King Institute of Preventive Medicine Bacteriolog. Section reports 1907-08
Year: 1907
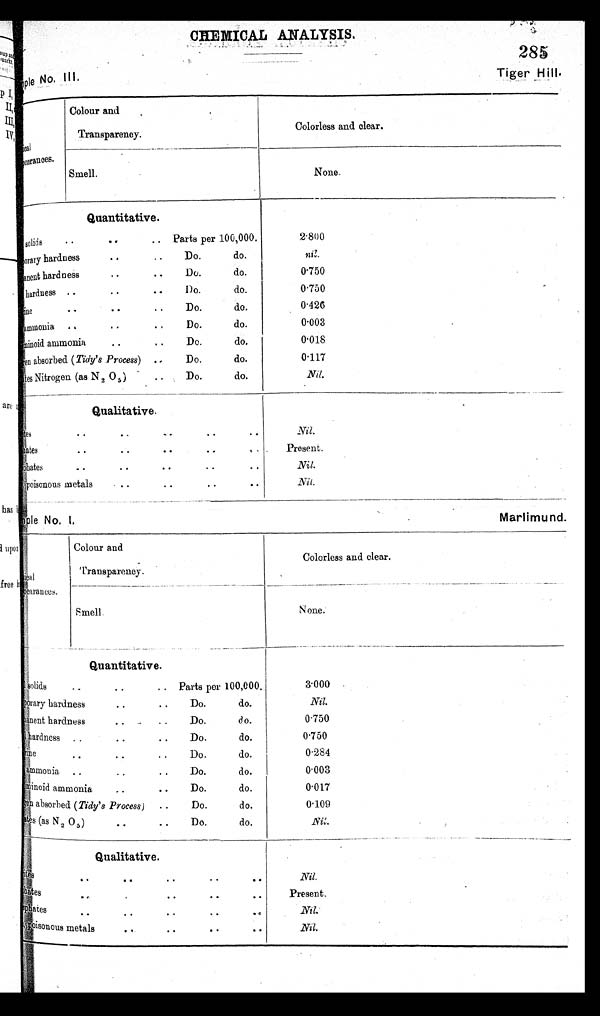
No. III.
Tiger sample
No. I.
Marlimu nd.
CHEMICAL ANALYSI
appearances.
Colour and
Transparency.
Colorless and clear.
None.
__
Smell.
Quantitative.
• •
solids
• •
.. Parts per 100,000.
.
pray hardness
. .
do.
anent hardness
..
• •
Do.
do.
Total hardness ..
• •
• •
d o.
do.
• •
chlorine
..
..
Do. do.
ammonia „
..
..
Do.
do.
absorbed ( Tidy's Process ) ..
Do.
do.
Nitrates Nitrogen (as N2 05) • • Do. do.
2.800
nil.
0.750
0.750
0.426
0.003
.
0.018
0.117
Nil.
Qualitative
Ni trates .. .. .. .. ..
sul phat es .. .. .. .. ..
p h o s p h a t e s . . . . . . . . I r o n , p o i s o n o u s me t a l s . . . . . . . .
Nil.
Present.
Nil.
N i l .
al
earances.
Colour and
Transparency.
Colorless and clear.
Smell.
None.
-
Quantitative.
solids
..
..
.. Parts per 100,000.
Temporary hardness • • • . Do. do.
nent hardness
Do.
do .
hardness ..
. .
• •
Do.
do.
chlorine
Do.
do.
. .
. •
• •
ammonia ..
..
• •
Do.
do.
Abuminoid ammonia . . • • Do. do.
oxygen
absorbed ( Tidy's Process ) • •
Do.
do.
es (as N 2,0 5 )
• •
• •
Do.
do.
3.000
Nil.
0.750
0.750
0.284
0.003
0.017
0.109 N i l
.
Qualitative.
Nitrates
..
..
..
..
..
sulphates
..
..
..
..
..
phosphates ..
..
..
..
..
Iron,poisonous metals ..
..
..
..
Nil.
Present.
Nil.
Nil.